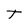
Character: T